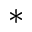
^ *